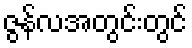
ဇွန်လအတွင်းတွင်